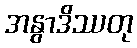
အနွာဒိဿတု